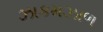
ઝાકમઝાળ